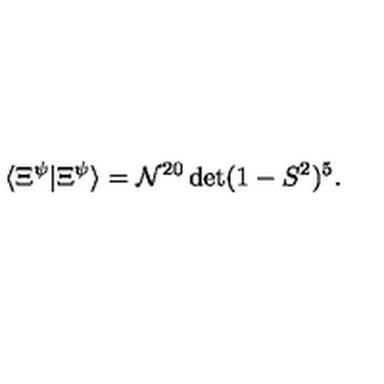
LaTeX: \langle \Xi ^ { \psi } | \Xi ^ { \psi } \rangle = \mathcal { N } ^ { 2 0 } \det ( 1 - S ^ { 2 } ) ^ { 5 } .